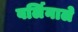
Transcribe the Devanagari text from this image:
बर्लिनाले